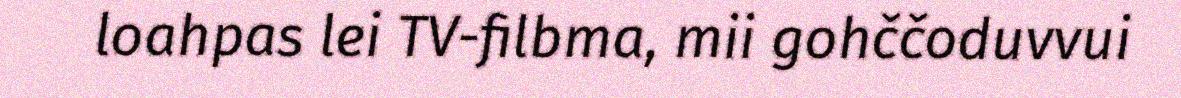
loahpas lei TV-filbma, mii gohččoduvvui